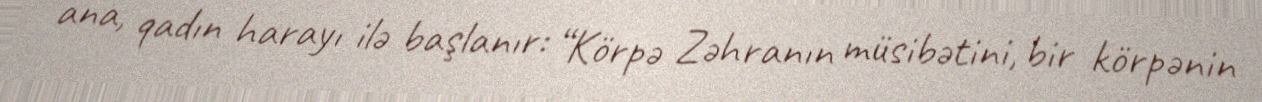
ana, qadın harayı ilə başlanır: “Körpə Zəhranın müsibətini, bir körpənin